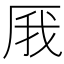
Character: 𠩙